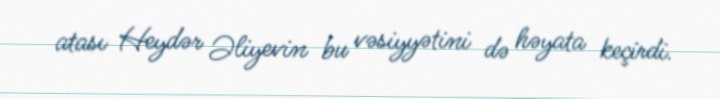
atası Heydər Əliyevin bu vəsiyyətini də həyata keçirdi.